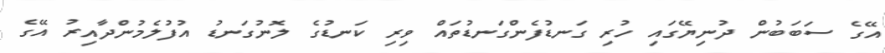
އޭގެ ސަބަބުން ދުނިޔޭގައި ހުރި ގަނޑުފެންގަނޑުތައް ވިރި ކަނޑުގެ ލޮނުގަނޑު އުފުލެމުންދާއިރު އޭގެ